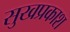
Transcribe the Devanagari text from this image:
सुखप्रकाश